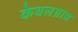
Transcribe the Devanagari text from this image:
केबलग्राम